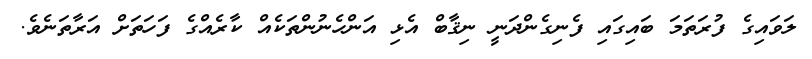
ލަވައިގެ ފުރަތަމަ ބައިގައި ފެނިގެންދަނީ ނިޤާބް އެޅި އަންހެނުންތަކެއް ކާރެއްގެ ފަހަތަށް އަރާތަނެވެ.